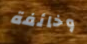
وخائفة